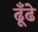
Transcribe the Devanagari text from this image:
ढूँढे